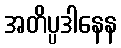
အတိပ္ပဒါနေန